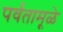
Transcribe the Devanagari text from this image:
पर्वतामूळे